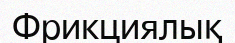
Фрикциялық